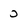
Character: 0